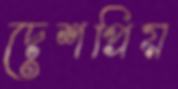
দেশপ্রিয়